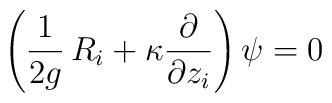
\left( \frac{1}{2 g} \, R_i + \kappa  \frac{\partial}{ \partial z_i} \right) \psi = 0